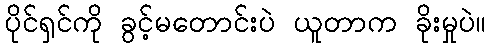
ပိုင်ရှင်ကို ခွင့်မတောင်းပဲ ယူတာက ခိုးမှုပဲ။